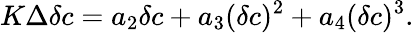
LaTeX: \begin{array}{l}{\displaystyle{K\Delta\delta c=a_{2}\delta c+a_{3}(\delta c)^{2}+a_{4}(\delta c)^{3}.}}\end{array}